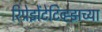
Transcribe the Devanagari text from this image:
रिप्रेझेंटेटिव्ह्झच्या